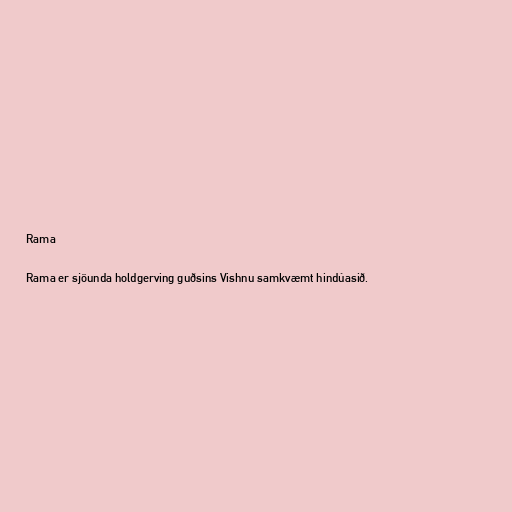
Rama

Rama er sjöunda holdgerving guðsins Vishnu samkvæmt hindúasið.